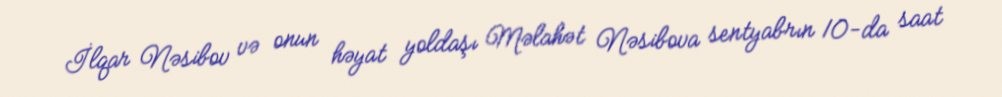
İlqar Nəsibov və onun həyat yoldaşı Məlahət Nəsibova sentyabrın 10-da saat